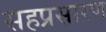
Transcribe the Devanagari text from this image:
सहप्रसारण